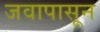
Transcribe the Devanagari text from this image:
जवापासून